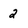
Character: 2